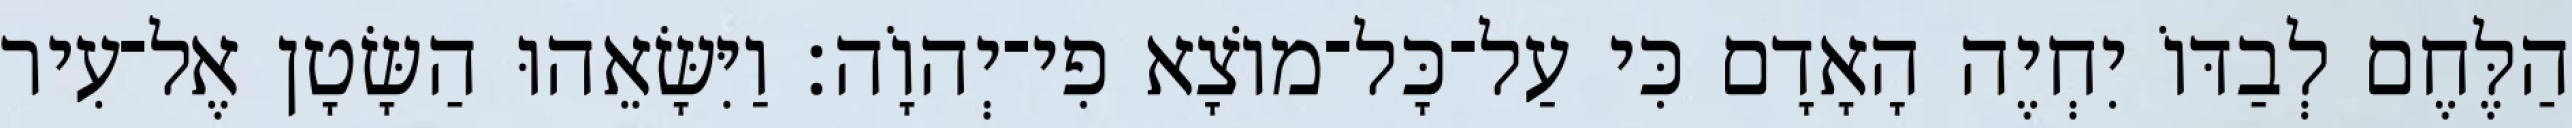
הַלֶּחֶם לְבַדּוֹ יִחְיֶה הָאָדָם כִּי עַל־כָּל־מוֹצָא פִי־יְהוָֹה׃ וַיִּשָּׂאֵהוּ הַשָּׂטָן אֶל־עִיר